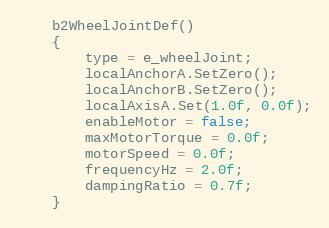
Language: C
	b2WheelJointDef()
	{
		type = e_wheelJoint;
		localAnchorA.SetZero();
		localAnchorB.SetZero();
		localAxisA.Set(1.0f, 0.0f);
		enableMotor = false;
		maxMotorTorque = 0.0f;
		motorSpeed = 0.0f;
		frequencyHz = 2.0f;
		dampingRatio = 0.7f;
	}